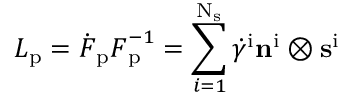
\boldsymbol { L } _ { \mathrm { p } } = \dot { \boldsymbol { F } } _ { \mathrm { p } } \boldsymbol { F } _ { \mathrm { p } } ^ { - 1 } = \sum _ { i = 1 } ^ { \mathrm { N } _ { \mathrm { s } } } \dot { \gamma } ^ { \mathrm { i } } \mathbf { n } ^ { \mathrm { i } } \otimes \mathbf { s } ^ { \mathrm { i } }